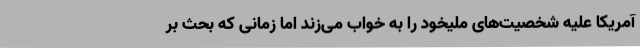
آمریکا علیه شخصیت‌های ملیخود را به خواب می‌زند اما زمانی که بحث بر